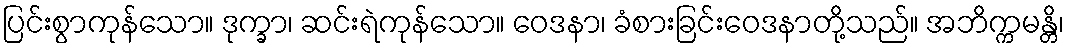
ပြင်းစွာကုန်သော။ ဒုက္ခာ၊ ဆင်းရဲကုန်သော။ ဝေဒနာ၊ ခံစားခြင်းဝေဒနာတို့သည်။ အဘိက္ကမန္တိ၊